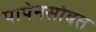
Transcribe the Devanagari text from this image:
पापेनसोबत